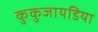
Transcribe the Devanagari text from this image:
कुकुजायडिया